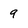
Character: 9